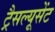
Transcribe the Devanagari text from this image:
ट्रैसल्यूसेंट